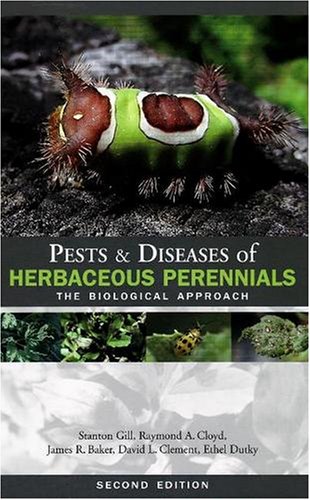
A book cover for Pests & Diseases of Herbaceous Perennials: The Biological Approach; Stanton Gill; Crafts, Hobbies & Home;